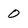
Character: 0